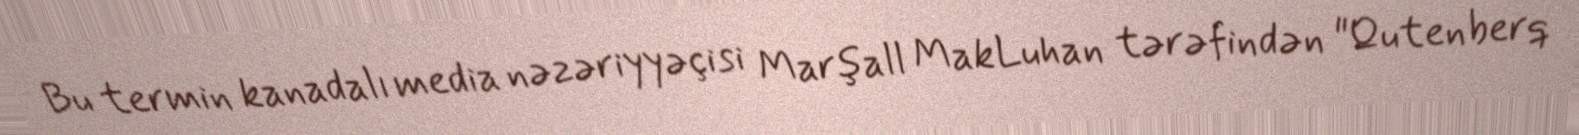
Bu termin kanadalı media nəzəriyyəçisi Marşall MakLuhan tərəfindən "Qutenberq